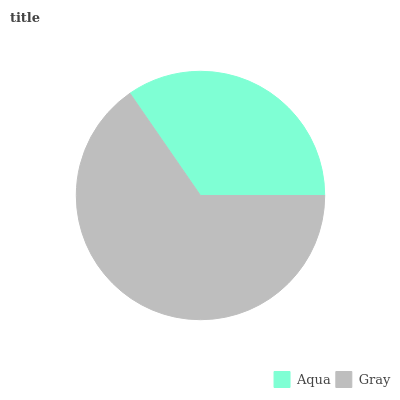
| Aqua | Gray |
 | --- | --- |
 | 34.7% | 65.3% |